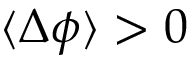
\langle \Delta \phi \rangle > 0